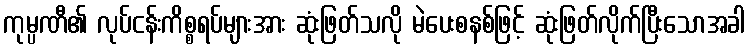
ကုမ္ပဏီ၏ လုပ်ငန်းကိစ္စရပ်များအား ဆုံးဖြတ်သလို မဲပေးစနစ်ဖြင့် ဆုံးဖြတ်လိုက်ပြီးသောအခါ